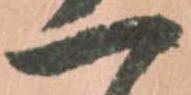
一